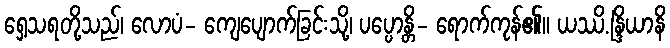
ရှေ့သရတို့သည်၊ လောပံ- ကျေပျောက်ခြင်းသို့၊ ပပ္ပောန္တိ- ရောက်ကုန်၏။ ယဿိ.န္ဒြိယာနိ